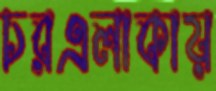
চরএলাকায়